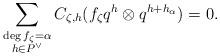
LaTeX: \begin{align*}\sum_{\substack{\deg f_\zeta = \alpha \\ h\in P^\vee}} C_{\zeta, h} (f_\zeta q^{h} \otimes q^{h+h_{\alpha}})= 0.\end{align*}